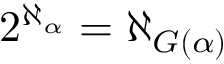
2 ^ { \aleph _ { \alpha } } = \aleph _ { G ( \alpha ) }